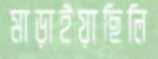
মাড়াইয়াছিলি